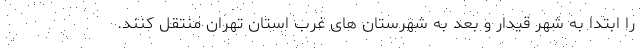
را ابتدا به شهر قیدار و بعد به شهرستان های غرب استان تهران منتقل کنند.